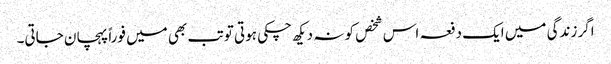
اگر زندگی میں ایک دفعہ اس شخص کو نہ دیکھ چکی ہوتی تو تب بھی میں فوراً پہچان جاتی۔